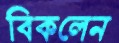
বিকলেন